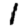
Digit: 1